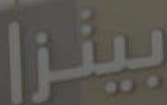
بيتزا